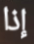
إذا